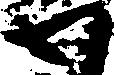
わ